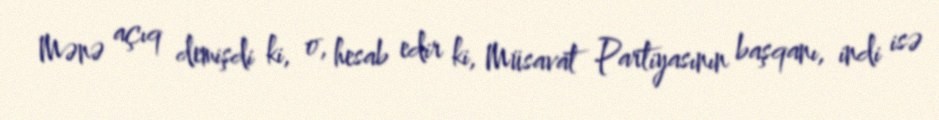
Mənə açıq demişdi ki, o, hesab edir ki, Müsavat Partiyasının başqanı, indi isə